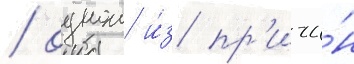
/ однои и́з пр'ичи́н